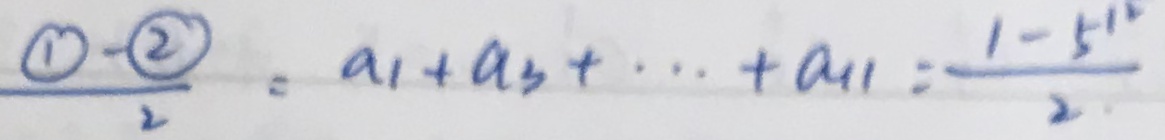
\frac { \textcircled { 1 } } { \textcircled { 2 } } = a _ { 1 } + a _ { 3 } + \cdots + a _ { 1 1 } = \frac { 1 - 5 ^ { 1 2 } } { 2 }